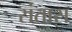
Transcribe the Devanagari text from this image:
संतास